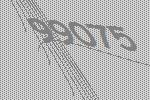
99075